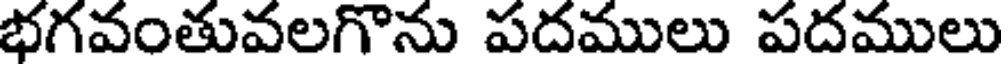
భగవంతువలగొను పదములు పదములు